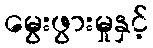
မွေးဖွားမှုနှင့်